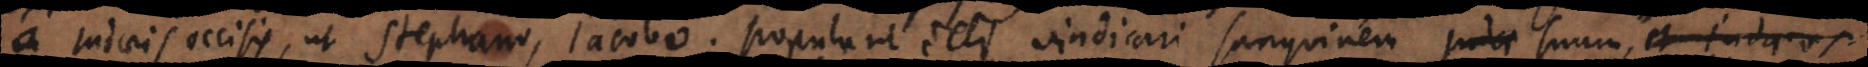
a Judaeis occisis, ut Stephano, Jacobo. Populari illi vindicari sanguinem Judae suum, et Judaeos